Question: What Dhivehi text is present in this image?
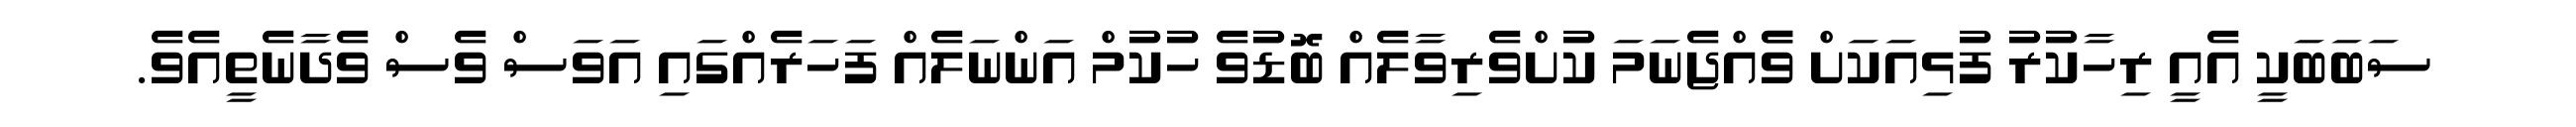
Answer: ސަބަބަކީ އެއީ ރިހާކުރު ފުޅިއަކަށް ވެެއްޖެނަމަ ކުށްވެރިވާލެއް ބޮޑުވެ ހުކުމް އަންނަލެއް ފަހަރެއްގައި އަވަސް ވެސް ވެދާނެތީއެވެ.